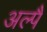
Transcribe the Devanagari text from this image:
अल्पै